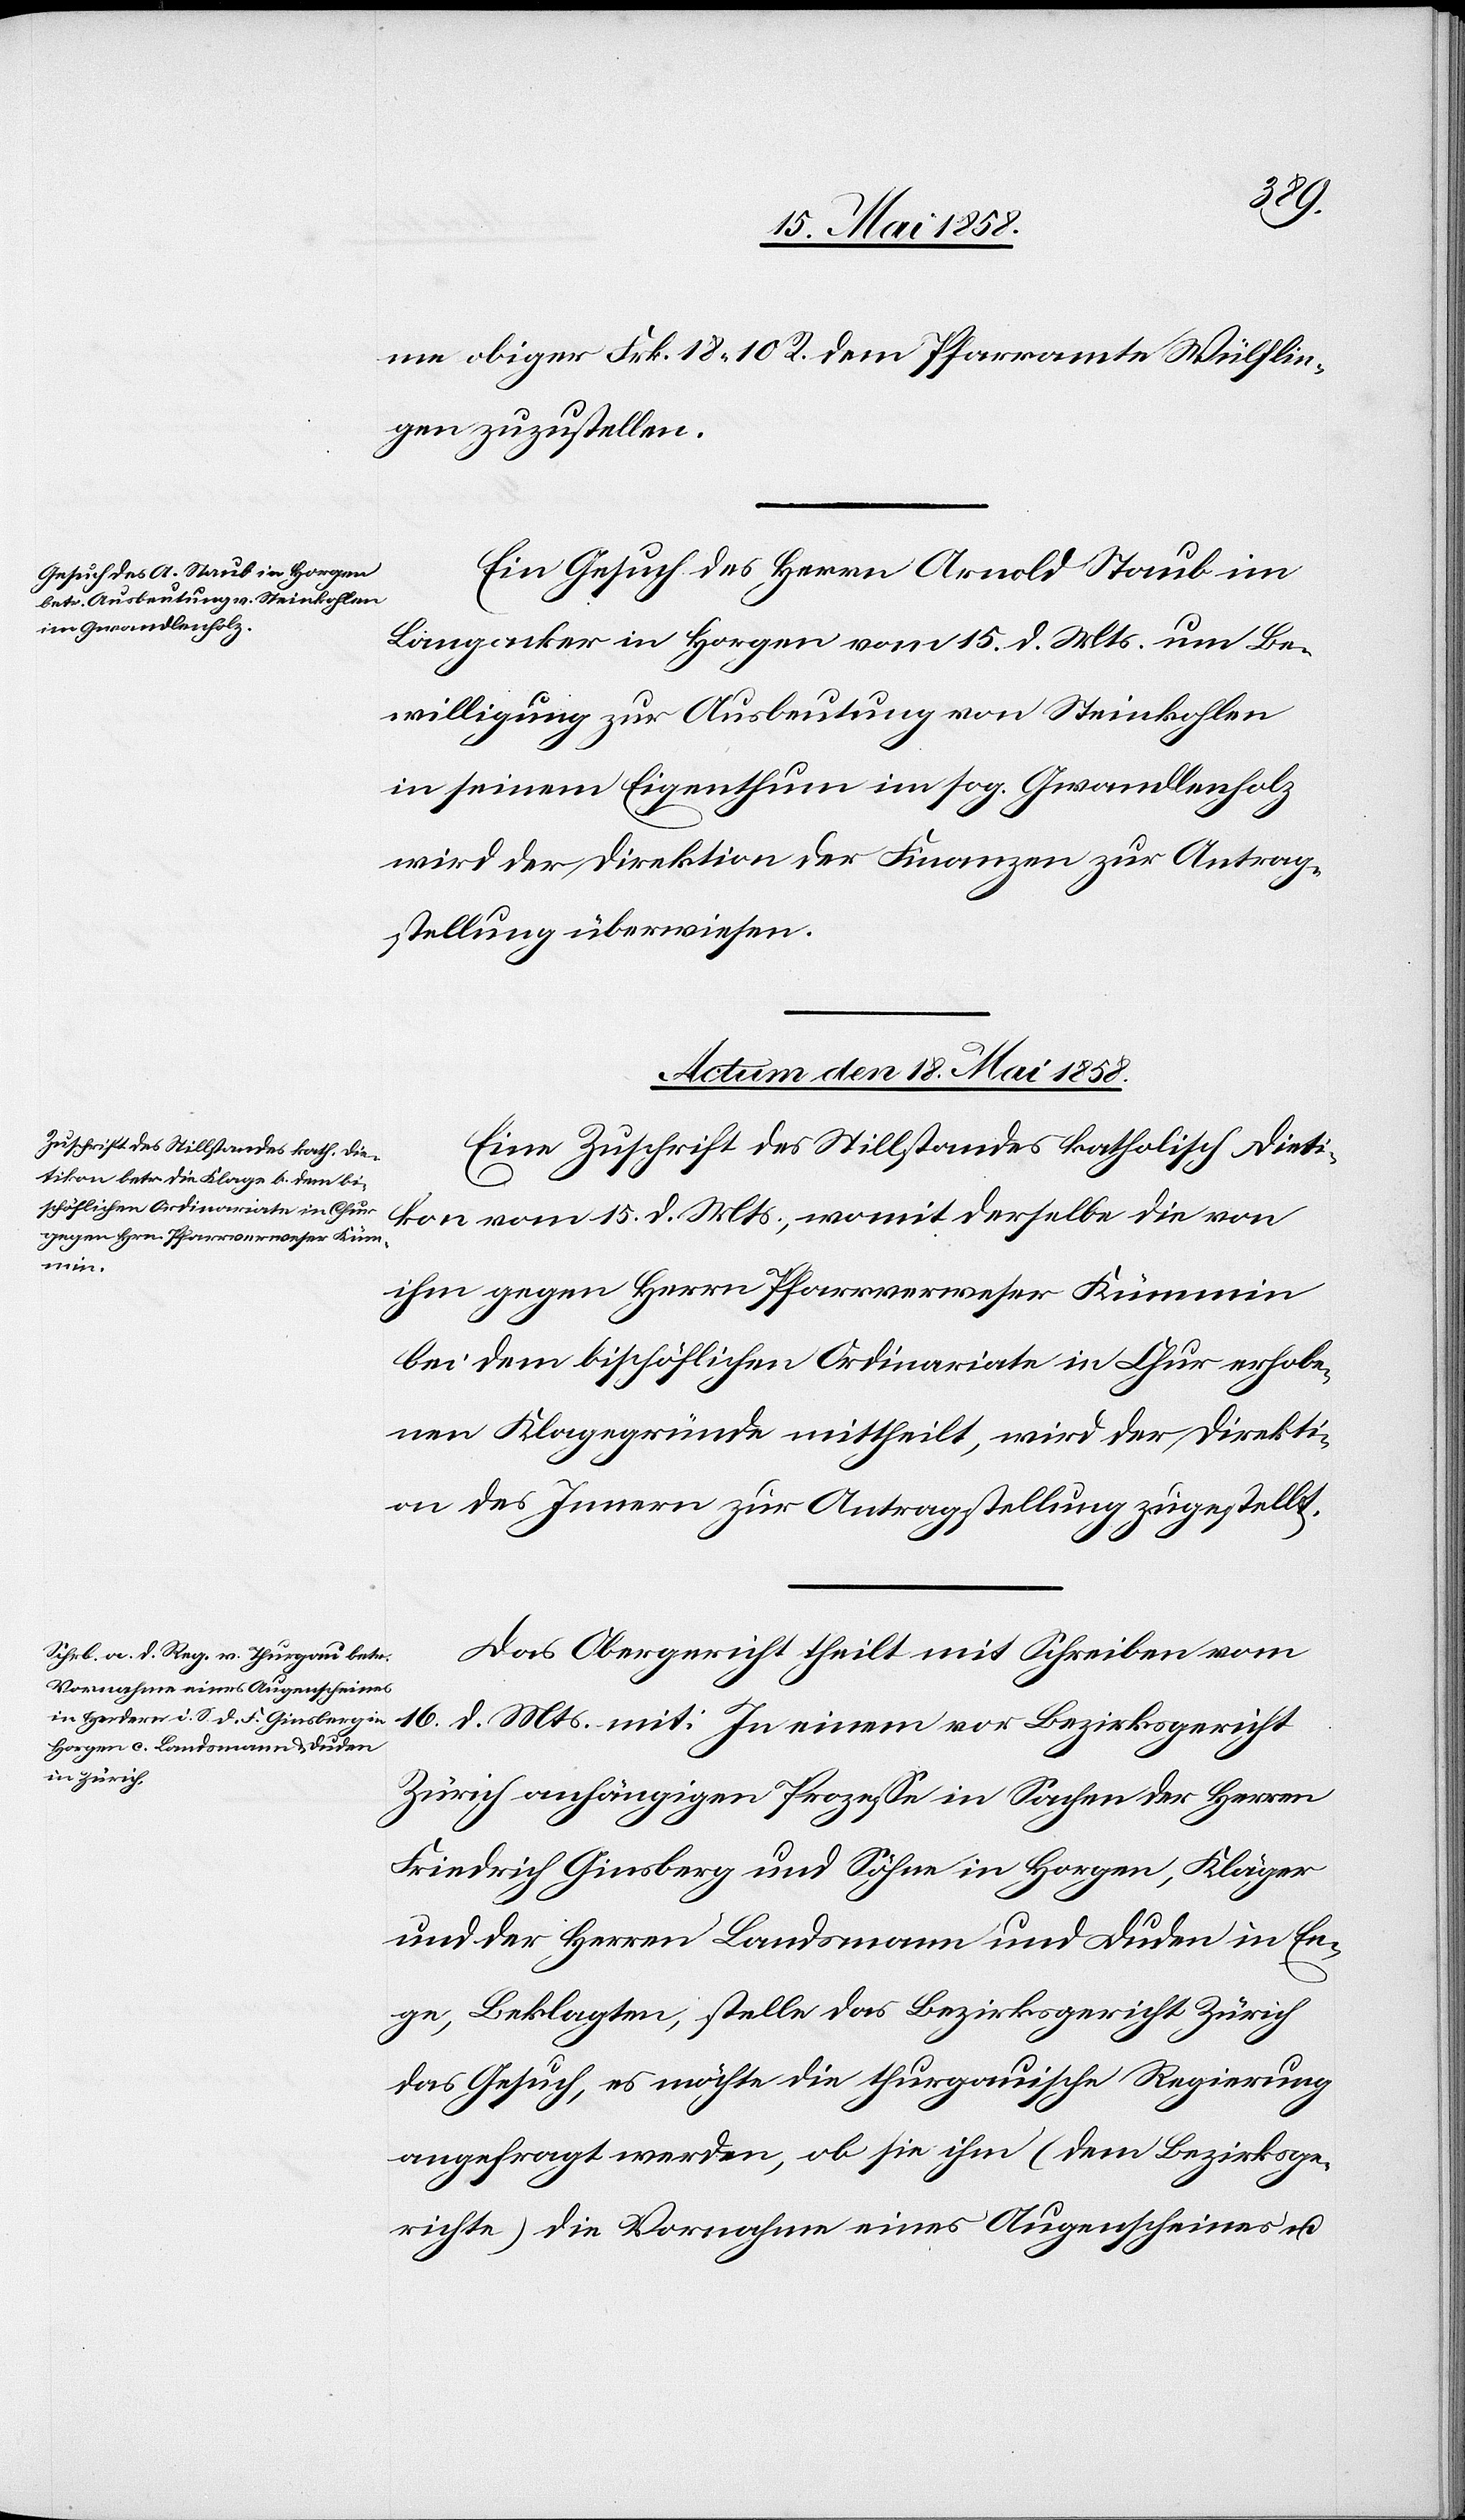
me obiger Frk. 18 10 R. dem Pfarramte Wülflin¬
gen zuzustellen.
Ein Gesuch des Herrn Arnold Staub im
Langacker in Horgen vom 15. d. Mts. um Be¬
willigung zur Ausbeutung von Steinkohlen
in seinem Eigenthum im sog. Gwandlerholz
wird der Direktion der Finanzen zur Antrag¬
stellung überwiesen.
Actum den 18. Mai 1858.]
Eine Zuschrift des Stillstandes katholisch Dieti¬
kon vom 15. d. Mts., womit derselbe die von
ihm gegen Herrn Pfarrverweser Kümmin
bei dem bischöflichen Ordinariate in Chur erhobe¬
nen Klagegründe mittheilt, wird der Direkti¬
on des Innern zur Antragstellung zugestellt.
Das Obergericht theilt mit Schreiben vom
16. d. Mts. mit: In einem vor Bezirksgericht
Zürich anhängigen Prozesse in Sachen der Herren
Friedrich Ginsberg und Söhne in Horgen, Kläger
und der Herren Landsmann und Duden in En¬
ge, Beklagten, stelle das Bezirksgericht Zürich
das Gesuch, es möchte die thurgauische Regierung
angefragt werden, ob sie ihm (dem Bezirksge¬
richte die Vornahme eines Augenscheines u.